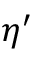
\eta ^ { \prime }